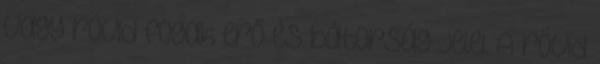
vagy rövid fogak erő és bátorság jelei. A rövid